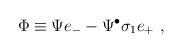
LaTeX: \begin{align*}\Phi \equiv \Psi e_- - \Psi^{\bullet} \sigma_{1} e_+ ~,\end{align*}